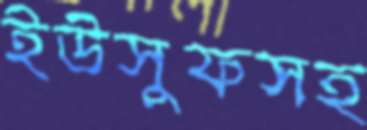
ইউসুফসহ